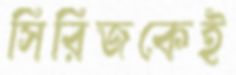
সিরিজকেই